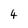
Character: 4